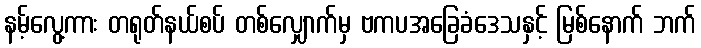
နမ့်လွေ့ကား တရုတ်နယ်စပ် တစ်လျှောက်မှ ဗကပအခြေခံဒေသနှင့် မြစ်နောက် ဘက်